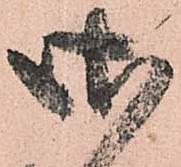
御